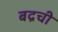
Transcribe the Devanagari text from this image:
बद्रची